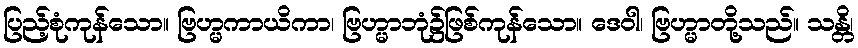
ပြည့်စုံကုန်သော။ ဗြဟ္မကာယိကာ၊ ဗြဟ္မာဘုံ၌ဖြစ်ကုန်သော။ ဒေဝါ၊ ဗြဟ္မာတို့သည်။ သန္တိ၊